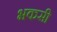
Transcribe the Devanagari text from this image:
भकसी